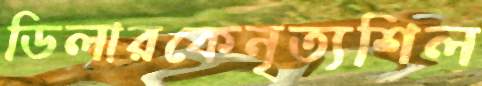
ডিলারকেনৃত্যশিল